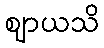
ဈာယသိ